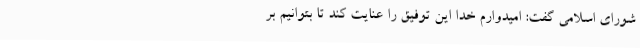
شورای اسلامی گفت: امیدوارم خدا این توفیق را عنایت کند تا بتوانیم بر